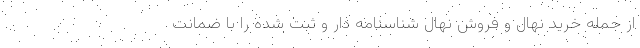
از جمله خرید نهال و فروش نهال شناسنامه دار و ثبت شده را با ضمانت